Kiideva_(Sinalepa)_vallavalitsus, lk 44
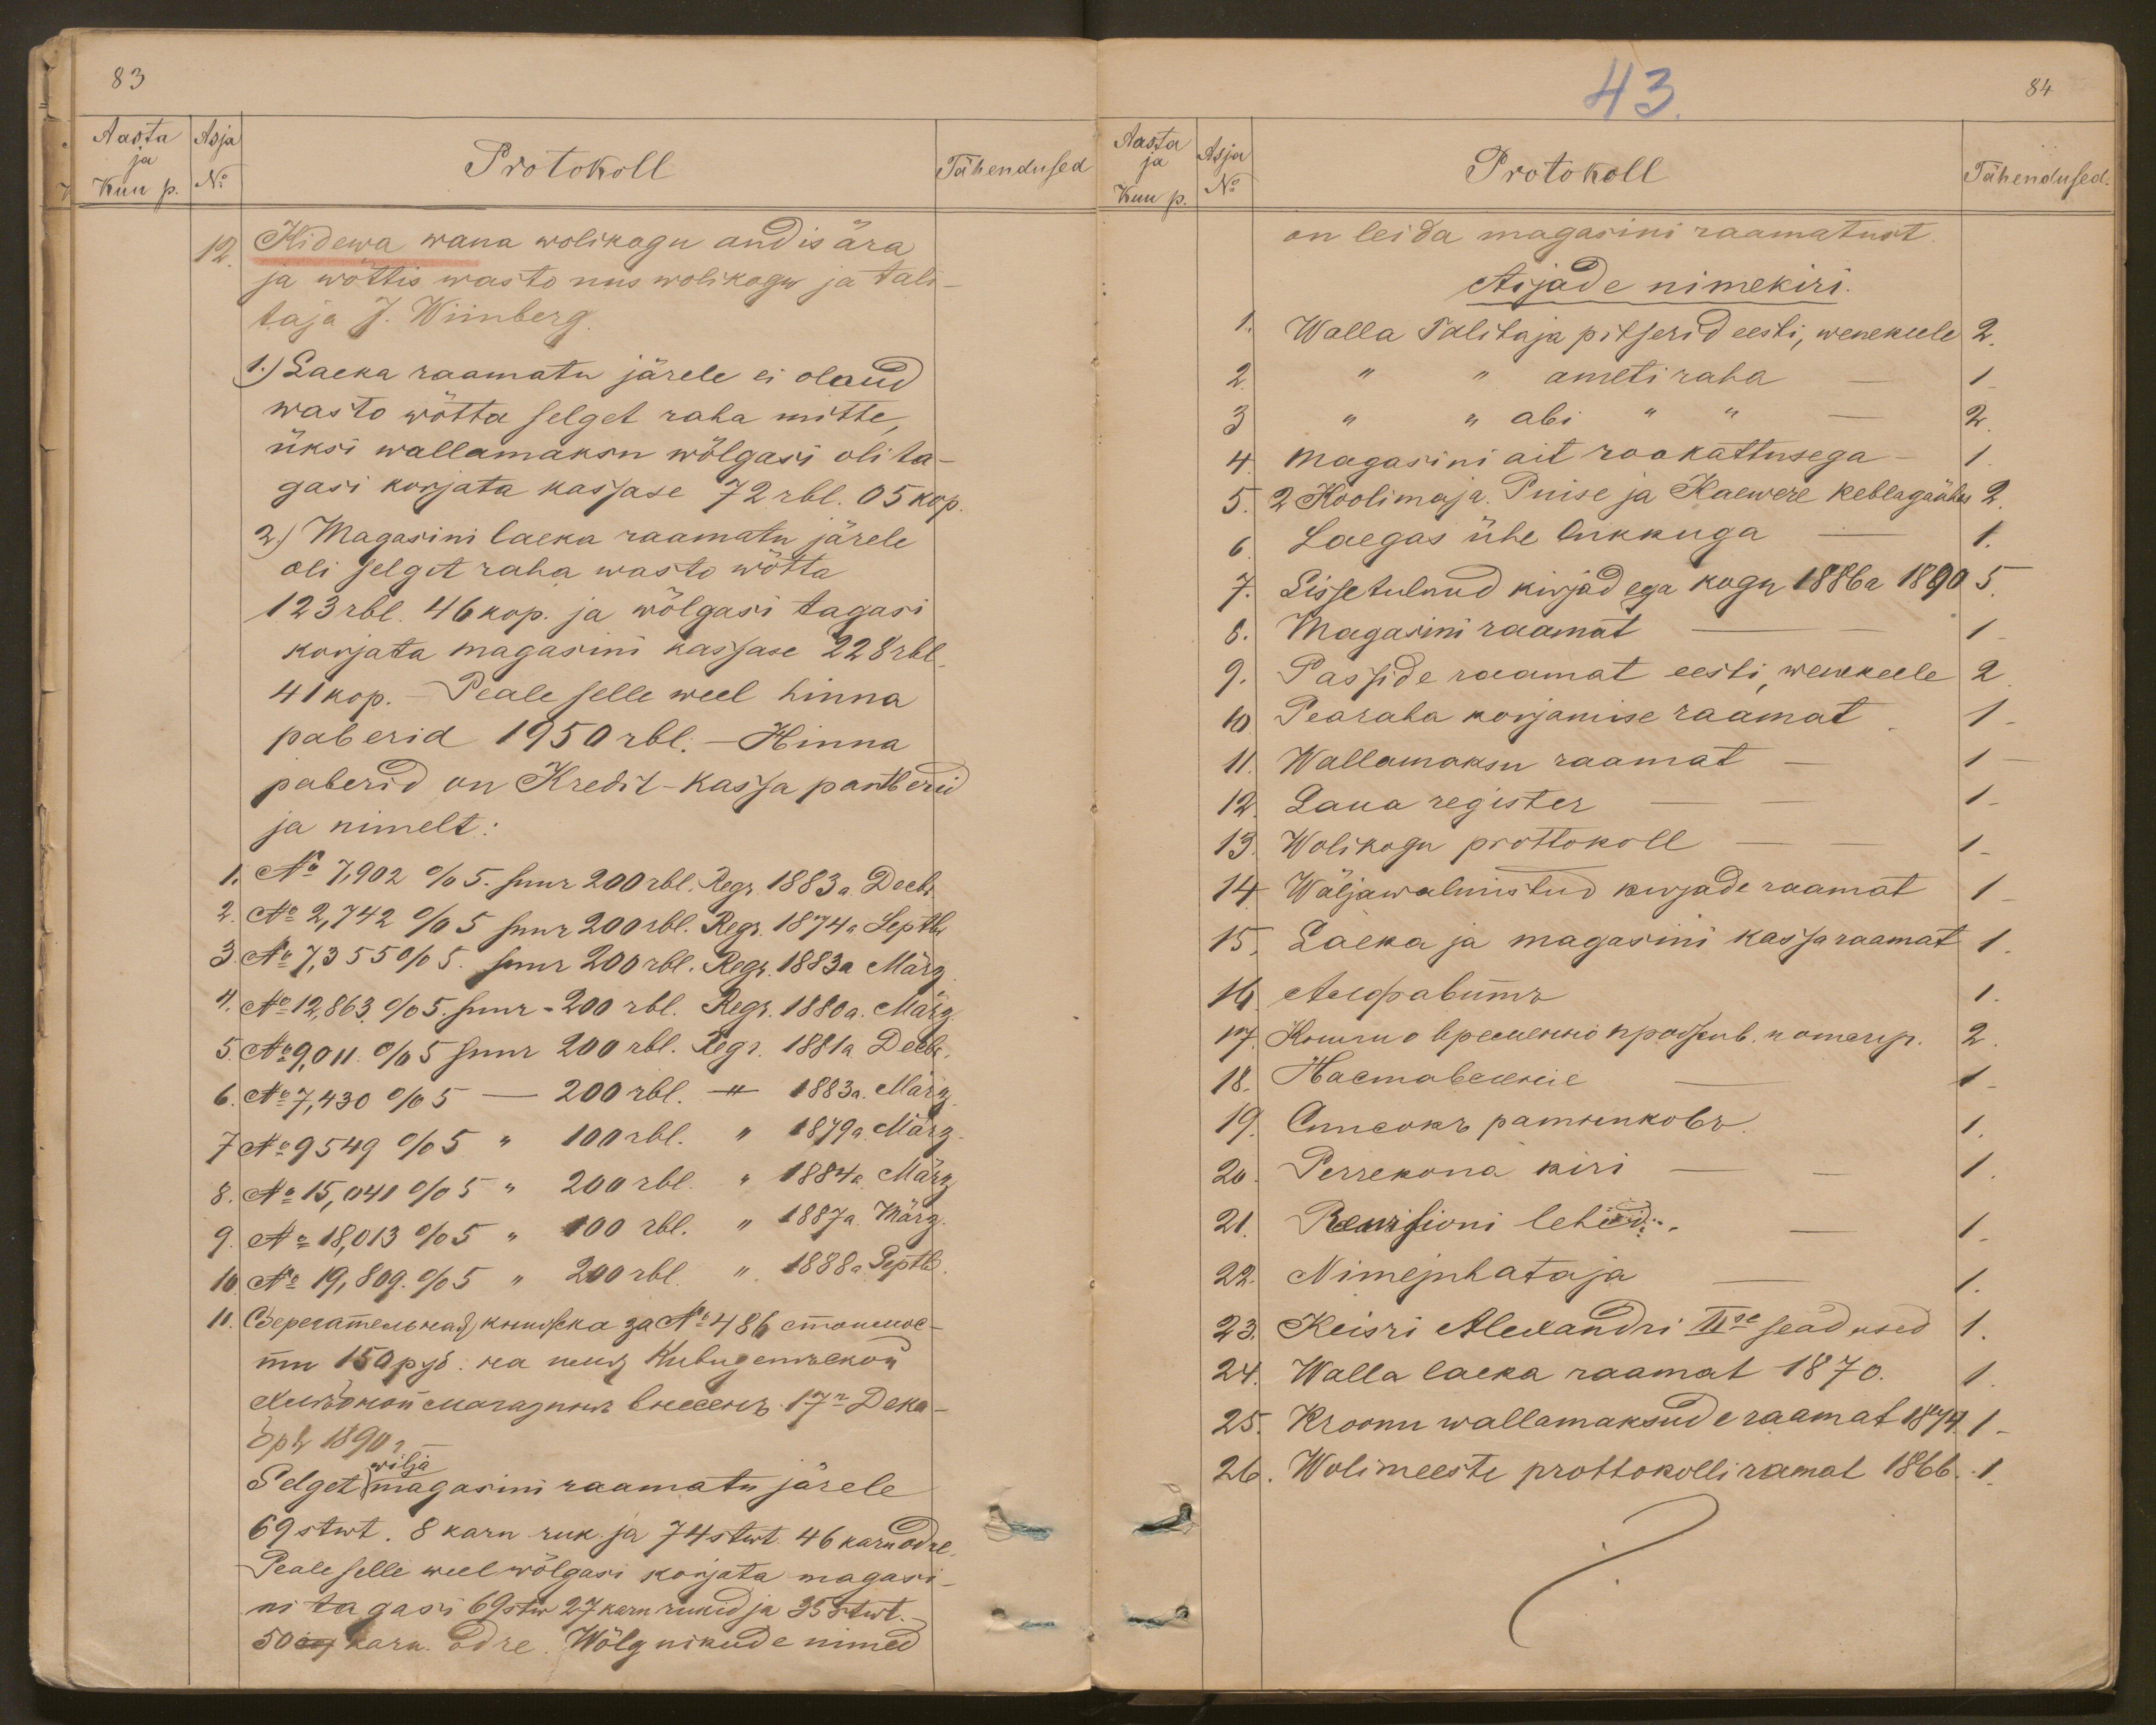
83
Aasta Asja
Kuu p. No
ja
Protokoll
Tähendused
12 Kidewa wana wolikogu andis ära
ja wõttis wasto uus wolikogu ja tali-
taja J. Wiinberg.
1) Laeka raamatu järele ei olnud
wasto wõtta selget raha mitte,
üksi wallamaksu wõlgasi oli ta-
gasi korjata kassase 72 rbl. 05 kop.
2) Magasini laeka raamatu järele
oli selget raha wasto wõtta
123 rbl. 46 kop. ja wõlgasi tagasi
korjata magasini kassase 228 rbl
41 kop. Peale selle weel hinna
paberid 1950 rbl.- Hinna
paberid on Kredit-kassa pantberid
ja nimelt:
1. No 7,902. % 5. suur 200 rbl. Regr. 1883 a. Decbr.
2. No 2,742 % 5 suur 200 rbl. Regr. 1874 a. Septbr.
3. No 7,355 % 5. suur 200 rbl. Regr. 1883 a. März
4 No 12,863.  % 5. suur - 200 rbl. Regr. 1880 a. März.
5 No 9,011 % 5 suur 200 rbl. Regr. 1881 a. Decbr.
6. No 7,430  % 5 - 200 rbl. " 1883 a. März.
7 No 9549 % 5 " 100 rbl. " 1879 a. März
8. No 15,041 % 5 " 200 rbl. " 1884 a " März
9. No 18,013 % 5 " 100 rbl. " 1887 a. März
10 No: 19,809 % 5 " 200 rbl. " 1888 a. Septb
wilja
Selget magasini raamatu järele
69 stwt. 8 karn ruk. ja 74 stwt. 46 karn odre
Peale selle weel wõlgasi korjata magasi-
ni tagasi 69 stw 27 karn. rukid ja 25 stwt.
50 karn. odre. Wõlgnikude nimed

43.
84
Aasta Asja
Protokoll
Tähendused
Kuu p. No
Protokoll
on leida magasini raamatust.
Asjade nimekiri.
1. Walla Talitaja pitserid eesti, wenekeele 2
2 " " ametiraha - 1
3 " " abi " " - 2
4. Magasini ait rookattusega - 1.
5. 2 Koolimaja. Puise ja Kaewere Keblaga ühas 2
6. Laegas ühe lukkuga - 1.
7. Sissetulnud kirjadega kogu 1886 a 1890 5
6. Magasini raamat - 1
9. Passide raamat eesti, wenekeele 2
10 Pearaha korjamise raamat 1
11. Wallamaksu raamat - 1
12. Laua register - - 1
19. Wolikogu prottokoll - - 1
14 Wäljawalmistud kirjade raamat 1
15. Laeka ja magasini kassaraamat 1
1.
1
20. Perrekona kiri - - 1.
21 Rewisioni lehed.
22. Nimejuhataja
23. Keisri Alewandri IIse seadused 1
24. Walla laeka raamat 1870.
25. Kroonu wallamaksude raamat 1874 1-
26. Wolimeeste prottokolliramat 1866. 1